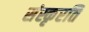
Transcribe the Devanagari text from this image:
संस्कृरति